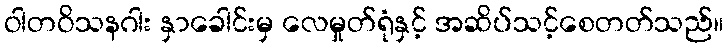
ဝါတဝိသနဂါး နှာခေါင်းမှ လေမှုတ်ရုံနှင့် အဆိပ်သင့်စေတတ်သည်။